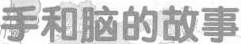
手和脑的故事